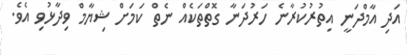
އަދި އާމްދަނީ އިތުރުކުރާނެ ހަރުދަނާ ގޮތްތަކެއް ނެތް ކަމަށް ޝިޔާމް ވިދާޅުވި އެވެ.